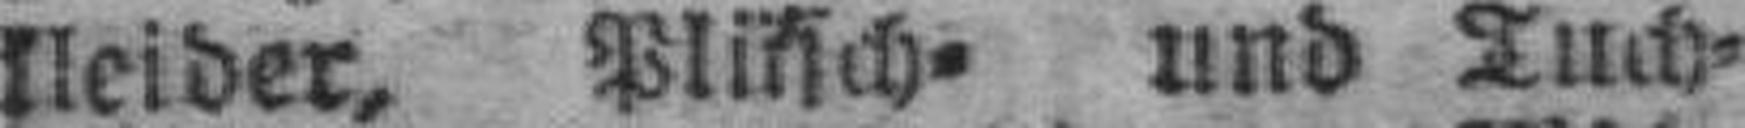
kleider, Plüsch= und Tuch¬